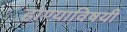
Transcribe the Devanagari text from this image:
होण्याविषयी